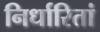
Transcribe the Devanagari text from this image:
निर्धारितां